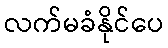
လက်မခံနိုင်ပေ